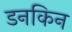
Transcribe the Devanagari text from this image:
डनकिन